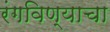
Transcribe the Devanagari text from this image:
रंगविण्याचा